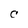
Character: C